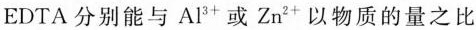
EDTA分别能与Al ^ { 3+}或Zn ^ { 2+}以物质的量之比